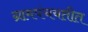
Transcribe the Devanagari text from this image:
ग्रामपंचयतीत